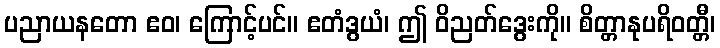
ပညာယနတော ဧဝ၊ ကြောင့်ပင်။ ဧတံဒွယံ၊ ဤ ဝိညတ်ဒွေးကို။ စိတ္တာနုပရိဝတ္တီ၊